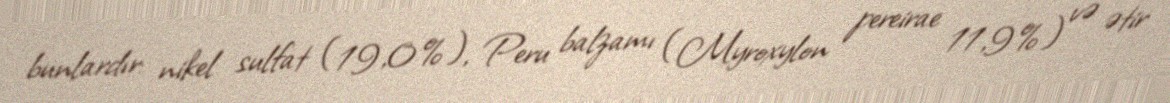
bunlardır: nikel sulfat (19,0%), Peru balzamı (Myroxylon pereirae 11,9%) və ətir